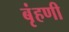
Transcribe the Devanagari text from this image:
बृंहणी